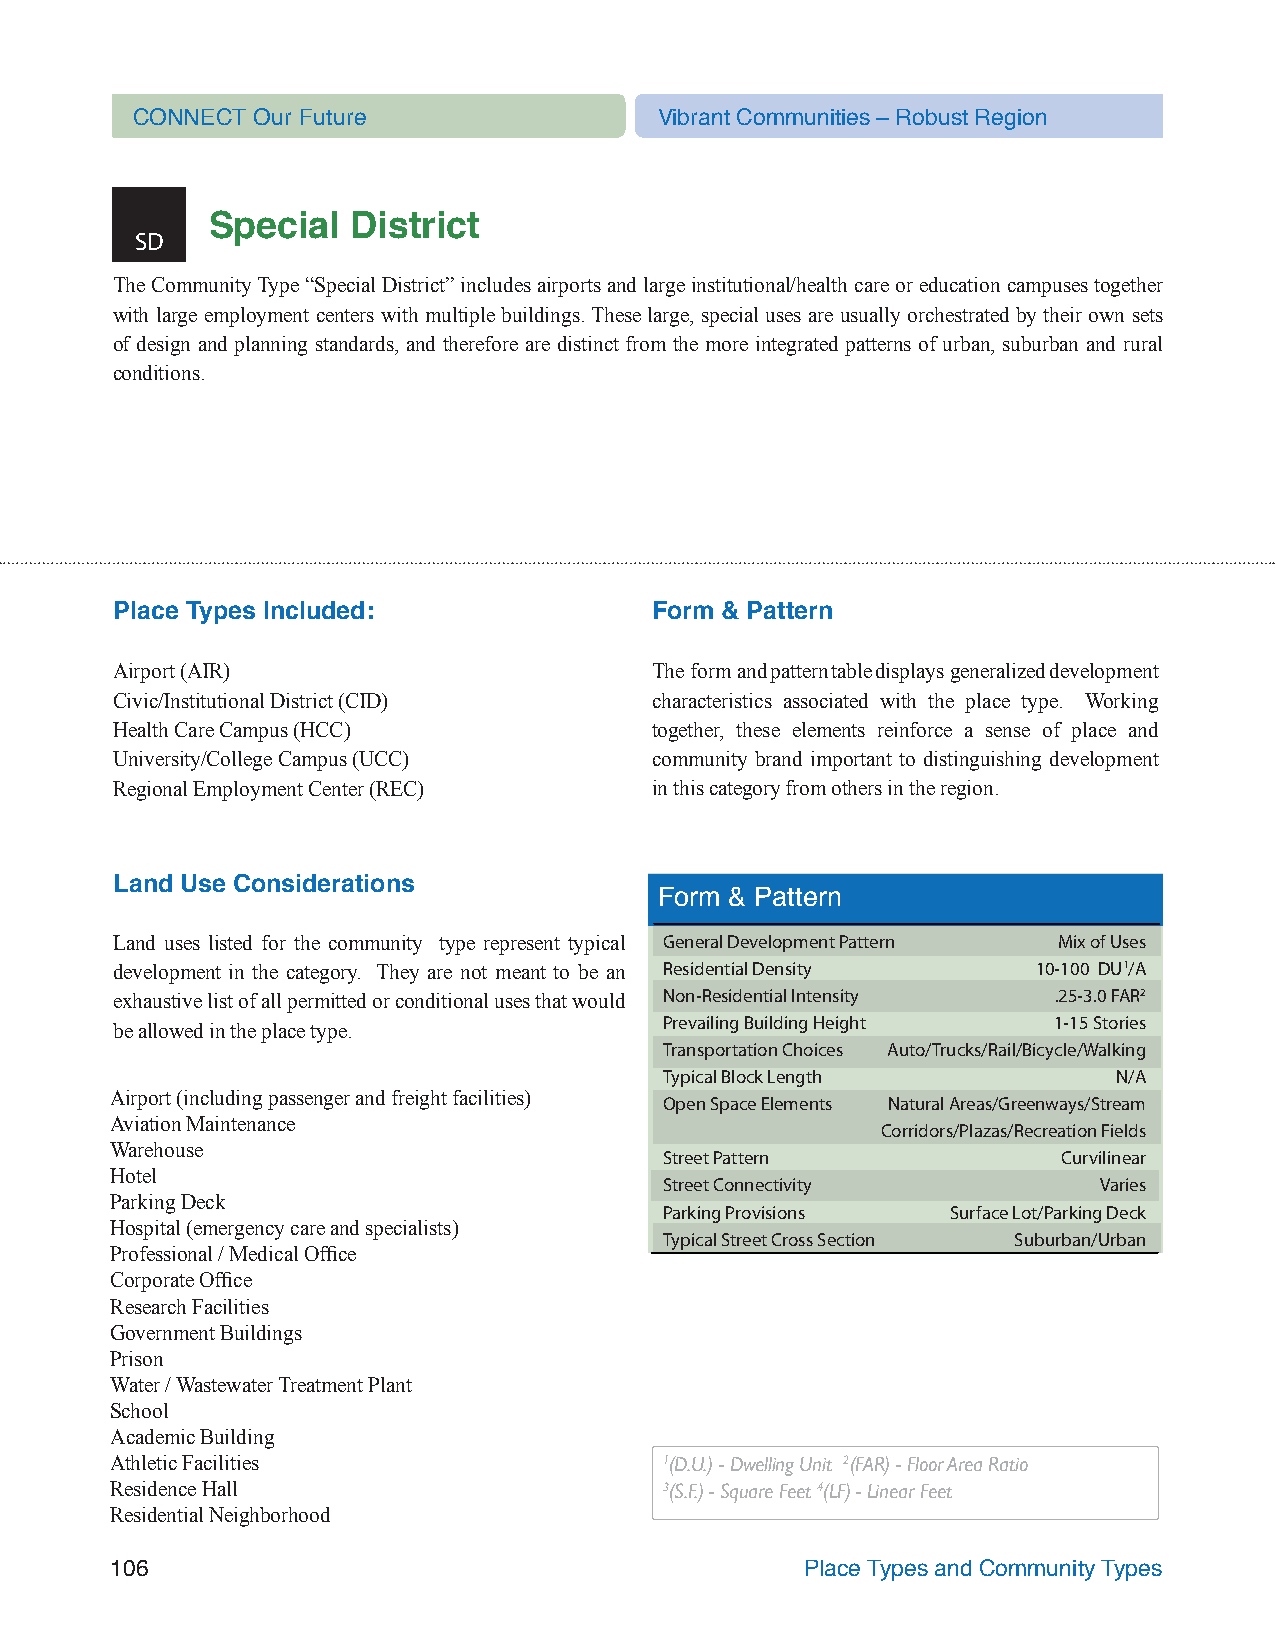
CONNECT Our Future                 Vibrant Communities – Robust Region
 Special  District
 SD
 The Community Type “Special District” includes airports and large institutional/health care or education campuses together
 with large employment centers with multiple buildings. These large, special uses are usually orchestrated by their own sets
 of design and planning standards, and therefore are distinct from the more integrated patterns of urban, suburban and rural
 conditions.
 Place Types Included:               Form & Pattern
 Airport (AIR)                       The form and pattern table displays generalized development
 Civic/Institutional District (CID)  characteristics associated with the place type. Working
 Health Care Campus (HCC)            together, these elements reinforce a sense of place and
 University/College Campus (UCC)     community brand important to distinguishing development
 Regional Employment Center (REC)    in this category from others in the region.
 Land Use Considerations
 Form & Pattern
 Land uses listed for the community type represent typical General Development Pattern Mix of Uses
 development in the category. They are not meant to be an Residential Density 10-100 DU1/A
 exhaustive list of all permitted or conditional uses that would Non-Residential Intensity .25-3.0 FAR2
 Prevailing Building Height 1-15 Stories
 be allowed in the place type.
 Transportation Choices Auto/Trucks/Rail/Bicycle/Walking
 Typical Block Length          N/A
 Airport (including passenger and freight facilities) Open Space Elements Natural Areas/Greenways/Stream
 Aviation Maintenance
 Corridors/Plazas/Recreation Fields
 Warehouse
 Street Pattern            Curvilinear
 Hotel
 Street Connectivity          Varies
 Parking Deck
 Parking Provisions Surface Lot/Parking Deck
 Hospital (emergency care and specialists)
 Typical Street Cross Section Suburban/Urban
 Professional / Medical Office
 Corporate Office
 Research Facilities
 Government Buildings
 Prison
 Water / Wastewater Treatment Plant
 School
 Academic Building
 Athletic Facilities                  1(D.U.) - Dwelling Unit 2(FAR) - Floor Area Ratio
 Residence Hall                       3(S.F.) - Square Feet 4(LF) - Linear Feet
 Residential Neighborhood
 106                                           Place Types and Community Types